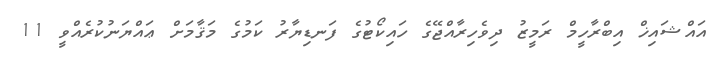
އައްޝައިޚް އިބްރާހީމް ރަމީޒު ދިވެހިރާއްޖޭގެ ހައިކޯޓުގެ ފަނޑިޔާރު ކަމުގެ މަޤާމަށް ޢައްޔަނުކުރެއްވީ 11